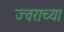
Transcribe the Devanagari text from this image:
ज्वराच्या